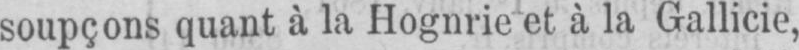
soupçons quant à la Hognrie et à la Gallicie,